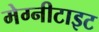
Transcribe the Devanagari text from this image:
मेग्नीटाइट